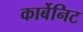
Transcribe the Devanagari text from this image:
कार्बेनिट